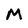
Character: M